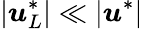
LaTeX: |\boldsymbol{u}_{L}^{*}|\ll|\boldsymbol{u}^{*}|